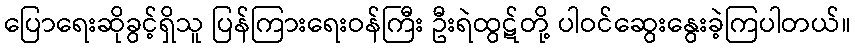
ပြောရေးဆိုခွင့်ရှိသူ ပြန်ကြားရေးဝန်ကြီး ဦးရဲထွဋ်တို့ ပါဝင်ဆွေးနွေးခဲ့ကြပါတယ်။